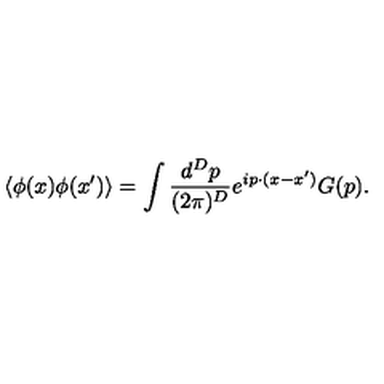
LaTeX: \left< \phi ( x ) \phi ( x ^ { \prime } ) \right> = \int \frac { d ^ { D } p } { ( 2 \pi ) ^ { D } } e ^ { i p \cdot ( x - x ^ { \prime } ) } G ( p ) .